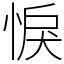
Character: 悷